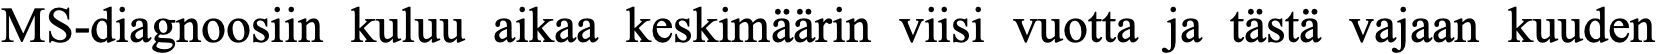
MS-diagnoosiin kuluu aikaa keskimäärin viisi vuotta ja tästä vajaan kuuden